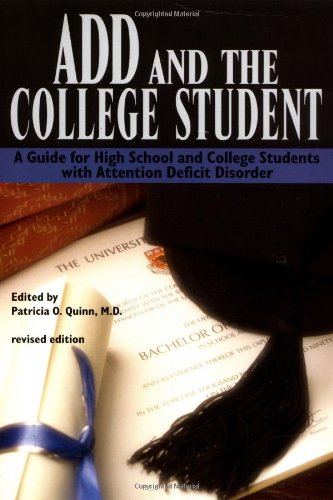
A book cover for ADD and the College Student: A Guide for High School and College Students with Attention Deficit Disorder; Teen & Young Adult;